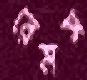
রেমস